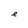
Character: e